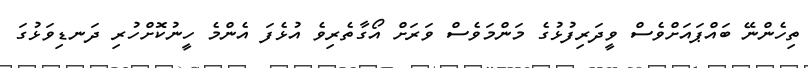
ތިހެންނޭ ބައްޕައަށްވެސް ވީދަރިފުޅުގެ މަންމަވެސް ވަރަށް އޯގާތެރިވެ އުޅެފަ އެންމެ ހީނުކޮށްހުރި ދަނޑިވަޅުގަ